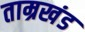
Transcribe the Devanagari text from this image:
ताम्रखंड